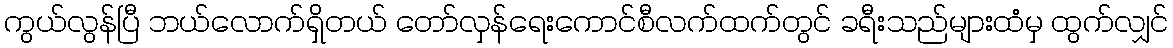
ကွယ်လွန်ပြီ ဘယ်လောက်ရှိတယ် တော်လှန်ရေးကောင်စီလက်ထက်တွင် ခရီးသည်များထံမှ ထွက်လျှင်